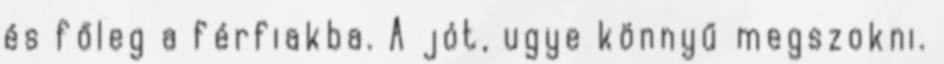
és főleg a férfiakba. A jót, ugye könnyű megszokni.